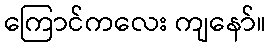
ကြောင်ကလေး ကျနော်။